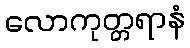
လောကုတ္တရာနံ